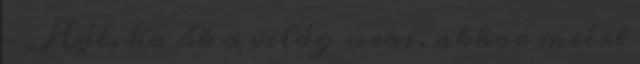
– „Hát, ha ők a vi­lág urai, akkor miért